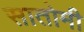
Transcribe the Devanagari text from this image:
सातोमी